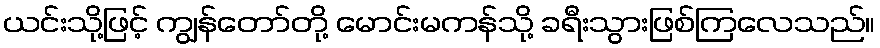
ယင်းသို့ဖြင့် ကျွန်တော်တို့ မောင်းမကန်သို့ ခရီးသွားဖြစ်ကြလေသည်။